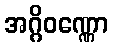
အဂ္ဂိဝဏ္ဏော